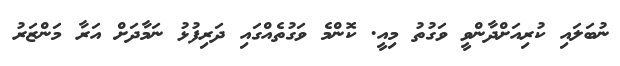
ނުބަލައި ކުރިއަށްދާންވީ ވަގުތު މިއީ. ކޮންމެ ވަގުތެއްގައި ދަރިފުޅު ނަމާދަށް އަރާ މަންޒަރު